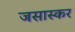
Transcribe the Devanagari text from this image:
जसास्कर